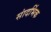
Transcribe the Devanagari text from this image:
सांदर्भिक